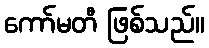
ကော်မတီ ဖြစ်သည်။